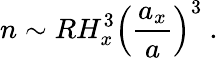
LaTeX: n\sim RH_{x}^{3}\left(\frac{a_{x}}{a}\right)^{3}\ .